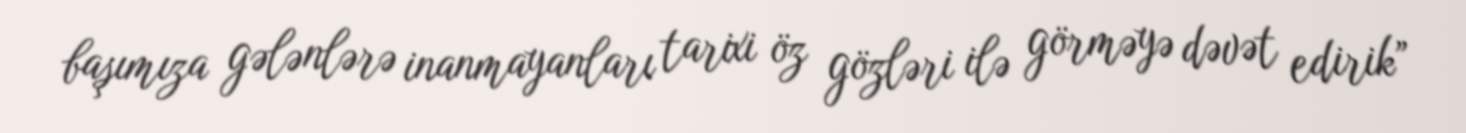
başımıza gələnlərə inanmayanları tarixi öz gözləri ilə görməyə dəvət edirik”